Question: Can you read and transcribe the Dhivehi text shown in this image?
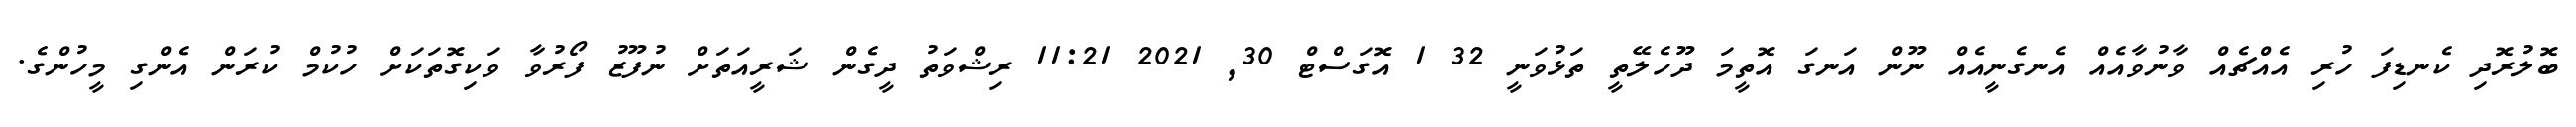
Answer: ބޮލުރޮދި ކެނޑިފަ ހުރި އެއްޗެއް ވާނުވާއެއް އެނގެނީއެއް ނޫން އަނގަ އޮތީމަ ދޫހެލޭތީ ތަޅުވަނީ 32 1 އޮގަސްޓް 30, 2021 11:21 ރިޝްވަތު ދީގެން ޝަރީއަތަށް ނުފޫޒު ފޯރުވާ ވަކިގޮތަކަށް ހުކުމް ކުރަން އެންގި މީހުންގެ.